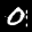
Label: 0